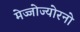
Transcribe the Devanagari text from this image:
मेज्जोज्योरनो